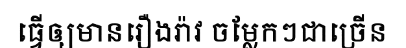
ធ្វើឲ្យមានរឿងរ៉ាវ ចម្លែកៗជាច្រើន